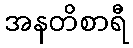
အနတိစာရီ